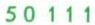
50111